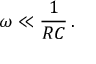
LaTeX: \omega \ll { \frac { 1 } { R C } } \, .